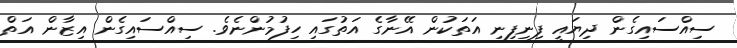
ސިއްސައިގެން ދިޔައީ ފިނިފިނި އަތަކުން އޭނާގެ އަތުގައި ހިފުމުންނެވެ. ސިއްސައިގެން އިޒާން އަތް